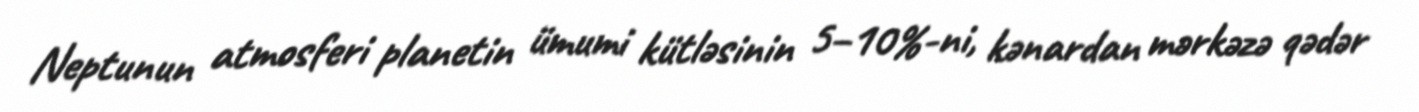
Neptunun atmosferi planetin ümumi kütləsinin 5–10%-ni, kənardan mərkəzə qədər